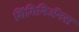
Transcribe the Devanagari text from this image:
गिंगिनिॲनस